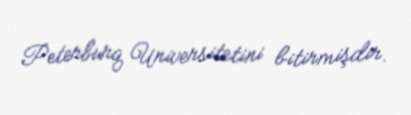
Peterburq Universitetini bitirmişdir.